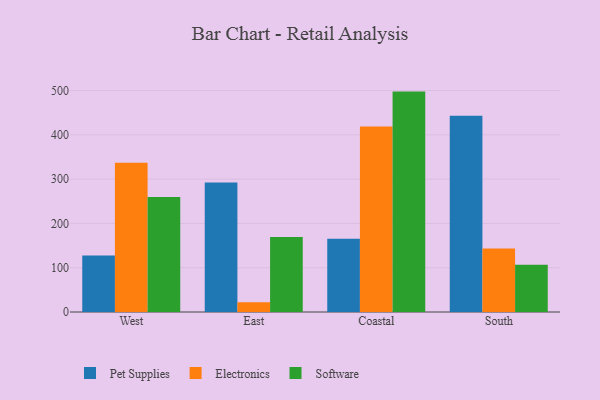
{"axis": {"x": "Region", "y": "Revenue (USD Million)"}, "legend": ["Electronics", "Pet Supplies", "Software"], "data": [{"x": "West", "y": 127.8, "type": "Pet Supplies"}, {"x": "West", "y": 336.9, "type": "Electronics"}, {"x": "West", "y": 259.7, "type": "Software"}, {"x": "East", "y": 292.6, "type": "Pet Supplies"}, {"x": "East", "y": 21.9, "type": "Electronics"}, {"x": "East", "y": 169.6, "type": "Software"}, {"x": "Coastal", "y": 165.2, "type": "Pet Supplies"}, {"x": "Coastal", "y": 418.7, "type": "Electronics"}, {"x": "Coastal", "y": 497.6, "type": "Software"}, {"x": "South", "y": 443.3, "type": "Pet Supplies"}, {"x": "South", "y": 143.4, "type": "Electronics"}, {"x": "South", "y": 106.7, "type": "Software"}]}